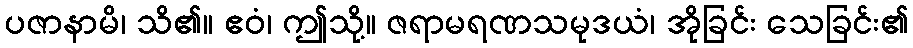
ပဇာနာမိ၊ သိ၏။ ဧဝံ၊ ဤသို့။ ဇရာမရဏသမုဒယံ၊ အိုခြင်း သေခြင်း၏